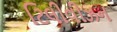
ટિલીવીઝન